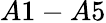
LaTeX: A1-A5